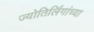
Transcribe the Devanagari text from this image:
ज्योतिर्लिंगांच्या